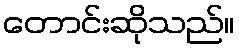
တောင်းဆိုသည်။